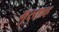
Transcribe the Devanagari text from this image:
गुस्ताव्ह